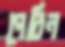
পেরিন